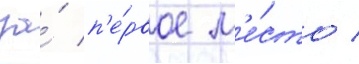
за́ п'е́рвое м'е́сто /